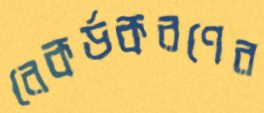
রেকর্ডকরণের